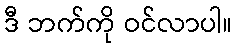
ဒီ ဘက်ကို ဝင်လာပါ။